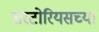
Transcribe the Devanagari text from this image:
सरटोरियसच्या